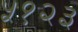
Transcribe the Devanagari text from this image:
५१२३